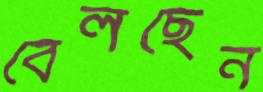
বেলছেন